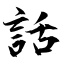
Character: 話